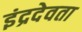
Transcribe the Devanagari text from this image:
इंद्रदेवता